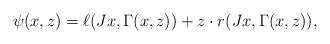
LaTeX: \begin{align*} \psi(x,z)=\ell(Jx,\Gamma(x,z))+z\cdot r(Jx,\Gamma(x,z)), \end{align*}